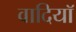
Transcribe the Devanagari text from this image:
वादियॉ